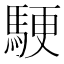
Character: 𬳬